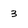
Character: 3